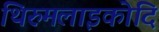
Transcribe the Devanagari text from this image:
थिरुमलाइकोदि